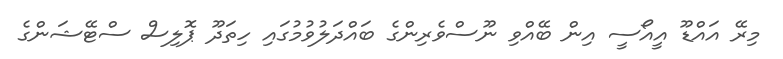
މިރޭ އައްޑޫ އީއޯސީ އިން ބޭއްވި ނޫސްވެރިންގެ ބައްދަލުވުމުގައި ހިތަދޫ ޕޮލިސް ސްޓޭޝަންގެ